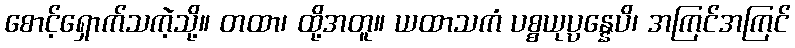
စောင့်ရှောက်သကဲ့သို့။ တထာ၊ ထို့အတူ။ ယထာသကံ ပစ္စယုပ္ပန္နေပိ၊ အကြင်အကြင်